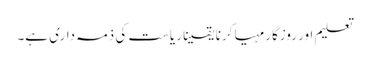
تعلیم اور روزگار مہیا کرنا یقیناً ریاست کی ذمہ داری ہے۔